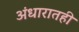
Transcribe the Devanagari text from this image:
अंधारातही